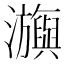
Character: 㶛